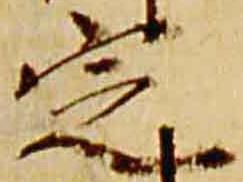
定